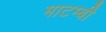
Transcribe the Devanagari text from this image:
माटम्बी